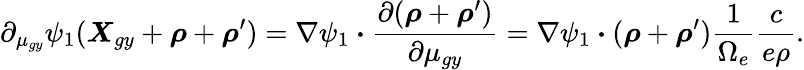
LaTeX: \partial_{\mu_{gy}}\psi_{1}(\boldsymbol{X}_{gy}+\boldsymbol{\rho}+\boldsymbol{\rho}^{\prime})=\nabla\psi_{1}\boldsymbol{\cdot}\frac{\partial(\boldsymbol{\rho}+\boldsymbol{\rho}^{\prime})}{\partial\mu_{gy}}=\nabla\psi_{1}\boldsymbol{\cdot}(\boldsymbol{\rho}+\boldsymbol{\rho}^{\prime})\frac{1}{\Omega_{e}}\frac{c}{e\rho}.